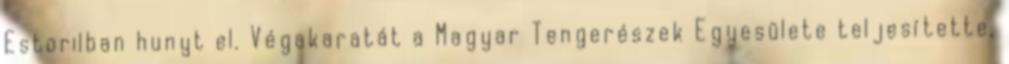
Estorilban hunyt el. Végakaratát a Magyar Tengerészek Egyesülete teljesítette,